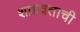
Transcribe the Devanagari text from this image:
शक्रव्रताची